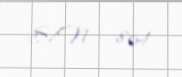
S/N - 864